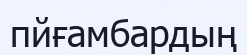
пйғамбардың